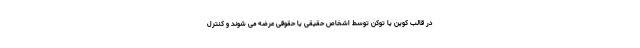
در قالب کوین یا توکن توسط اشخاص حقیقی یا حقوقی عرضه می شوند و کنترل